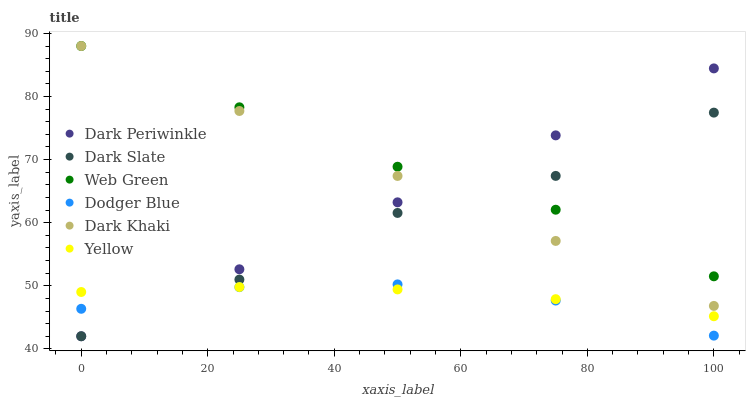
| xaxis_label | Dark Periwinkle | Dark Slate | Web Green | Dodger Blue | Dark Khaki | Yellow |
 | --- | --- | --- | --- | --- | --- | --- |
 | 0 | 42 | 42 | 88 | 46.4 | 88 | 49 |
 | 25 | 52.6 | 51 | 78.3 | 49.8 | 77.7 | 49.8 |
 | 50 | 63.2 | 61.5 | 68.9 | 50.2 | 67.4 | 49.4 |
 | 75 | 73.8 | 67.4 | 62.1 | 47.7 | 57.1 | 47.9 |
 | 100 | 84.5 | 77.4 | 51.5 | 42.1 | 46.8 | 45.2 |